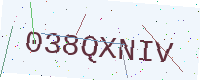
Text: 038QXNIV